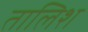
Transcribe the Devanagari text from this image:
तालिश